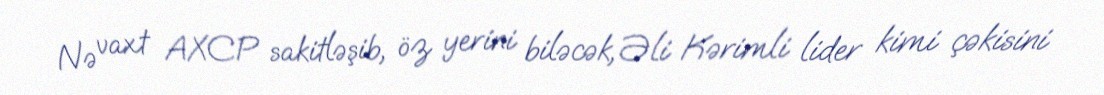
Nə vaxt AXCP sakitləşib, öz yerini biləcək, Əli Kərimli lider kimi çəkisini